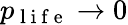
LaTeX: p_{\mathrm{~l~i~f~e~}}\rightarrow 0